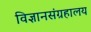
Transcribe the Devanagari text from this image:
विज्ञानसंग्रहालय